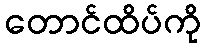
တောင်ထိပ်ကို